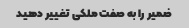
ضمیر را به صفت ملکی تغییر دهید